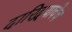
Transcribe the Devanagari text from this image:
दारिद्र्याचेच